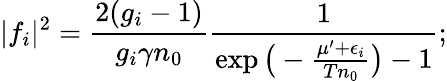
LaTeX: \lvert f_{i}\rvert^{2}=\frac{2(g_{i}-1)}{g_{i}\gamma n_{0}}\frac{1}{\exp\big(-\frac{\mu^{\prime}+\epsilon_{i}}{Tn_{0}}\big)-1};